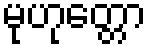
မုဟုတ္တော